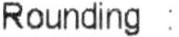
ROUNDING :